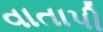
વાતાપી